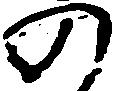
の